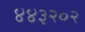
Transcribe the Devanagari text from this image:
४४३२०२